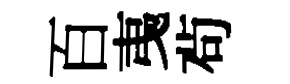
百𢎯茍